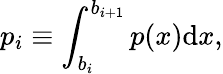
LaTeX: p_{i}\equiv\int_{b_{i}}^{b_{i+1}}p(x)\mathrm{d}x,